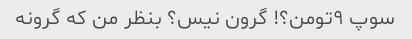
سوپ ۹تومن؟! گرون نیس؟ بنظر من که گرونه